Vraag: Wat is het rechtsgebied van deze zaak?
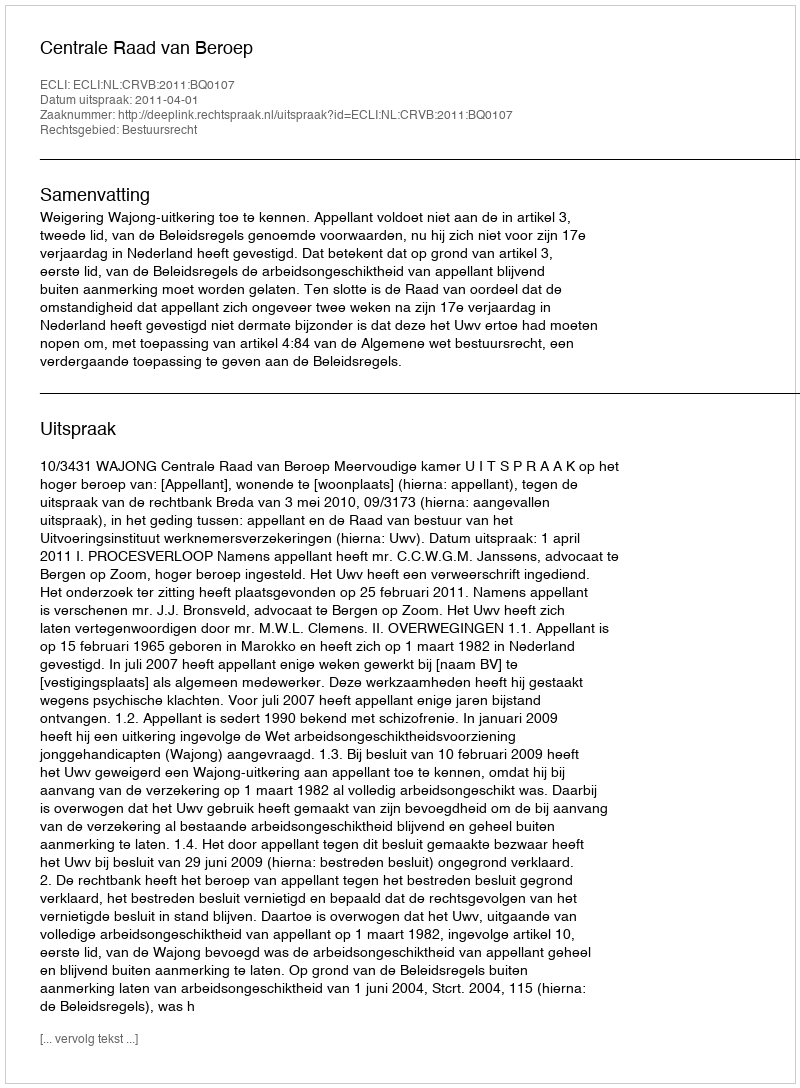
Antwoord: Bestuursrecht